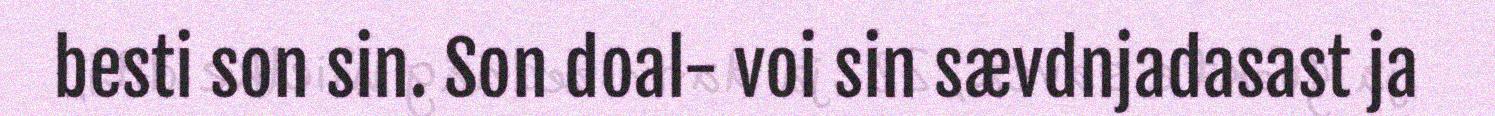
besti son sin. Son doal- voi sin sævdnjadasast ja